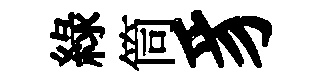
綠筒豸